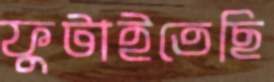
ফুটাইতেছি